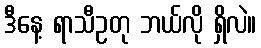
ဒီနေ့ ရာသီဥတု ဘယ်လို ရှိလဲ။